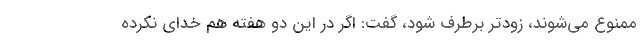
ممنوع می‌شوند، زودتر برطرف شود، گفت: اگر در این دو هفته هم خدای نکرده